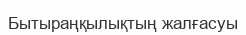
Бытыраңқылықтың жалғасуы